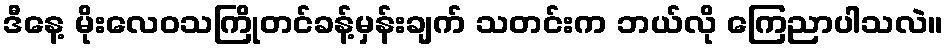
ဒီနေ့ မိုးလေဝသကြိုတင်ခန့်မှန်းချက် သတင်းက ဘယ်လို ကြေညာပါသလဲ။